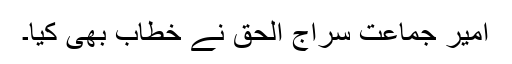
امیر جماعت سراج الحق نے خطاب بھی کیا۔